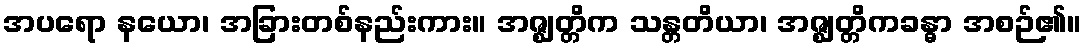
အပရော နယော၊ အခြားတစ်နည်းကား။ အဇ္ဈတ္တိက သန္တတိယာ၊ အဇ္ဈတ္တိကခန္ဓာ အစဉ်၏။